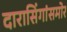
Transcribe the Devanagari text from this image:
दारासिंगांसमोर